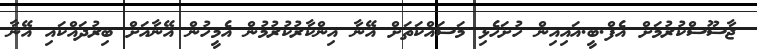
ޖާސޫސްކުރުމަށް އެފް.ބީ.އައިއިން ހުށަހެޅި މަސައްކަތަށް އޭނާ އިންކާރުކުރުމުން އެމީހުން އޭނާއަށް ބިރުދައްކައި އޭނާ